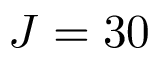
J = 3 0